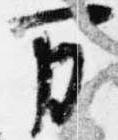
万